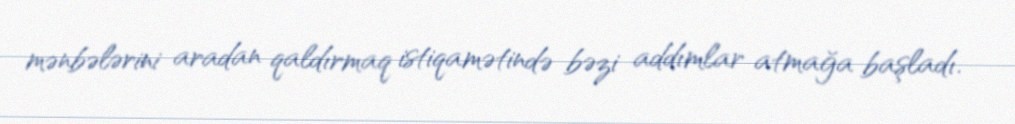
mənbələrini aradan qaldırmaq istiqamətində bəzi addımlar atmağa başladı.